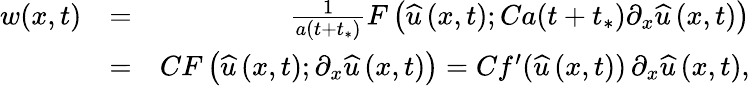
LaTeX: \begin{array}{rlr}{w(x,t)}&{=}&{\frac{1}{a(t+t_{*})}F\left(\widehat{u}\left(x,t\right);Ca(t+t_{*})\partial_{x}\widehat{u}\left(x,t\right)\right)}\\ &{=}&{CF\left(\widehat{u}\left(x,t\right);\partial_{x}\widehat{u}\left(x,t\right)\right)=Cf^{\prime}(\widehat{u}\left(x,t\right))\, \partial_{x}\widehat{u}\left(x,t\right),}\end{array}